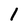
Character: 1